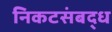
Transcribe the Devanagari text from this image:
निकटसंबद्ध